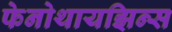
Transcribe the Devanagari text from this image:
फेनोथायझिन्स